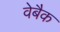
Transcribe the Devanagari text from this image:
वेबैक